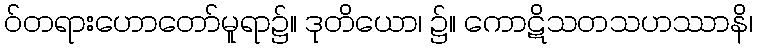
ဝ်တရားဟောတော်မူရာ၌။ ဒုတိယော၊ ၌။ ကောဋိသတသဟဿာနိ၊